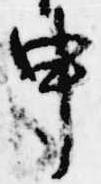
申